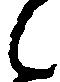
候